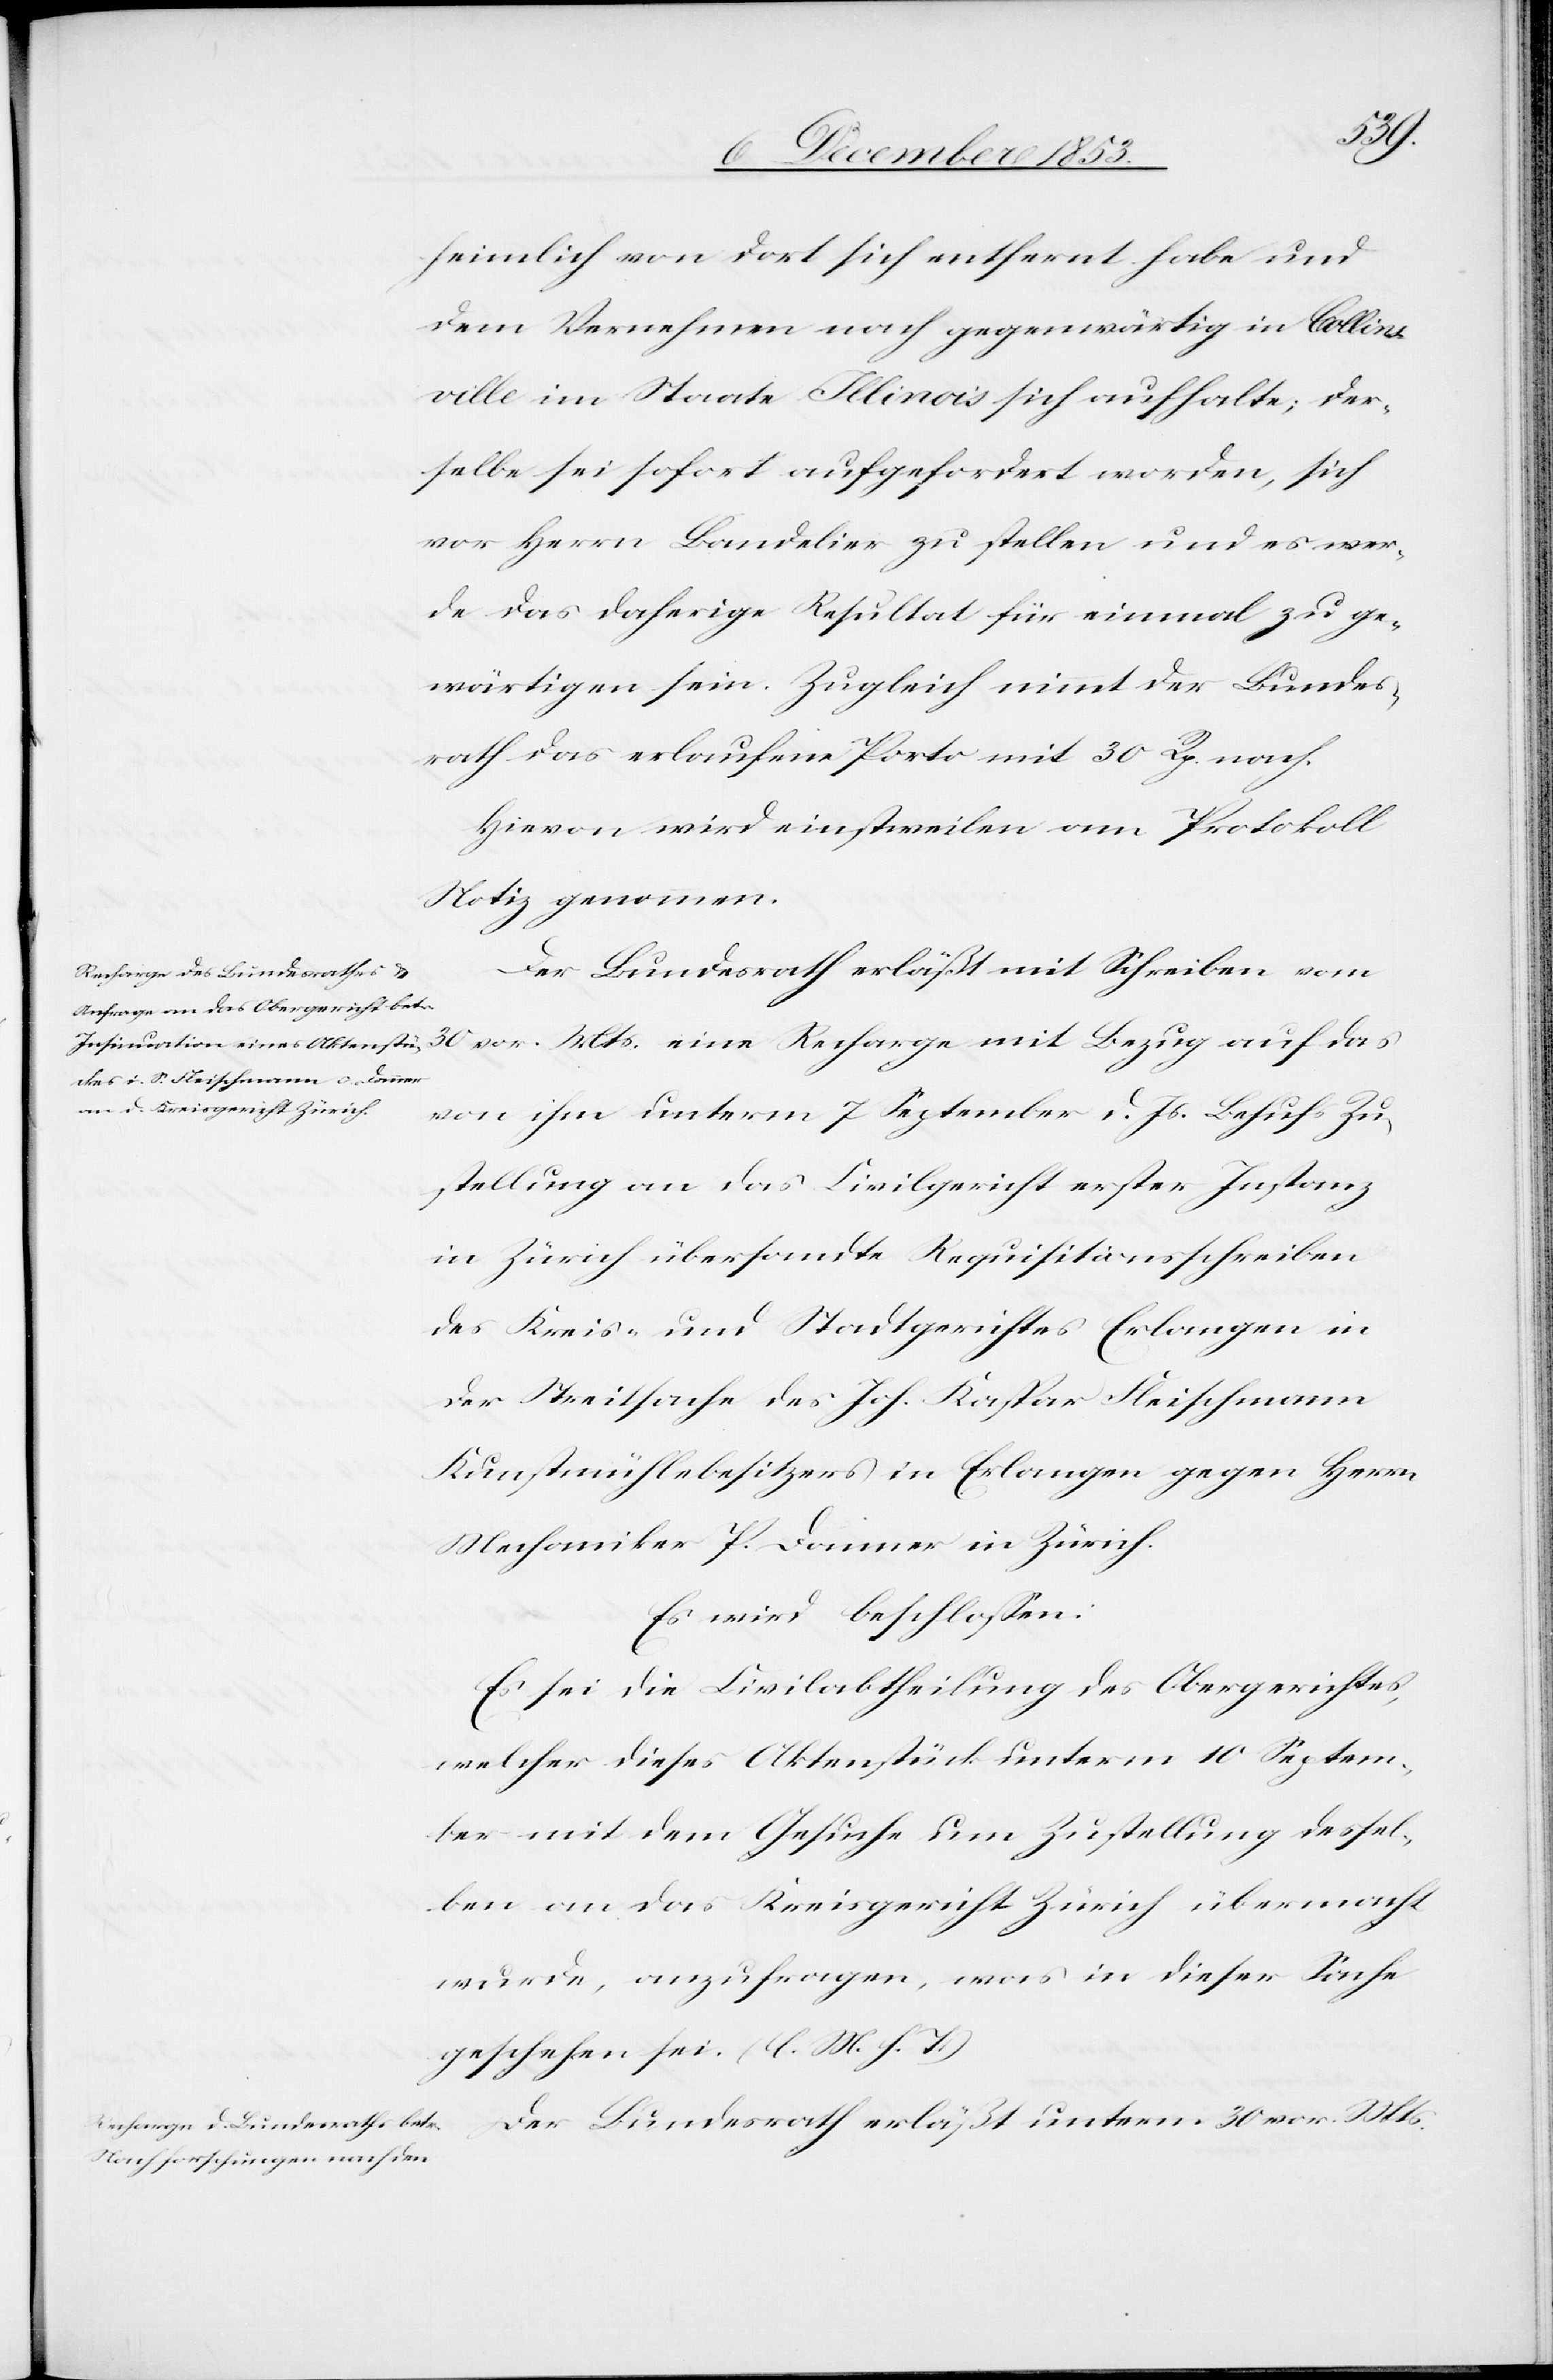
heimlich von dort sich entfernt habe und
dem Vernehmen nach gegenwärtig in Collins¬
ville im Staate Illinois sich aufhalte; der¬
selbe sei sofort aufgefordert worden, sich
vor Herrn Bandelier zu stellen und es wer¬
de das daherige Resultat für einmal zu ge¬
wärtigen sein. Zugleich nimmt der Bundes¬
rath das erlaufene Porto mit 30 Rp. nach.
Hievon wird einstweilen am Protokoll
Notiz genommen.
Der Bundesrath erläßt mit Schreiben vom
30 vor. Mts. eine Recharge mit Bezug auf das
von ihm unterm 7 September d. Js. Behufs Zu¬
stellung an das Civilgericht erster Instanz
in Zürich übersandte Requisitionsschreiben
des Kreis- und Stadtgerichtes Erlangen in
der Streitsache des Joh. Kaspar Fleischmann
Kunstmühlebesitzer in Erlangen gegen Herrn
Mechaniker P. Danner in Zürich.
Es wird beschloßen:
Es sei die Civilabtheilung des Obergerichtes,
welcher dieses Aktenstück unterm 10 Septem¬
ber mit dem Gesuche um Zustellung dessel¬
ben an das Kreisgericht Zürich übermacht
wurde, anzufragen, was in dieser Sache
geschehen sei. [l. M. h. T]
Der Bundesrath erläßt unterm 30 vor. Mts.